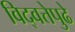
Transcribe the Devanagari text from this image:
विद्वत्तेपुढे